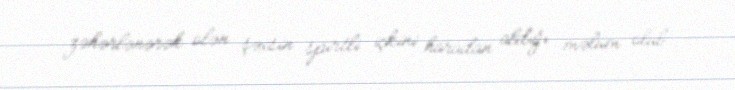
zəhərlənərək ölən şəxsin spirtli içkini haradan aldığı məlum olub.